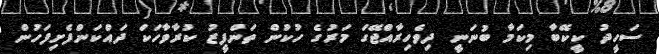
ސަހީދު ކީކޭބާ މިކަމާ ބުނަނީ ދިވެހިރާއްޖޭގަ މަރުގެ ހުކުން ތަންފީޒު ކުރާވާހަކަ ދައްކަންފެށިފަހުން